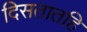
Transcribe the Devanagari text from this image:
दिसतातहि